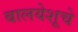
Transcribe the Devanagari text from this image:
बालयेशूचे